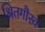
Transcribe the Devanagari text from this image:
श्रितगौरव